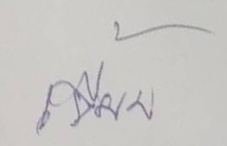
เจี๊ยบ